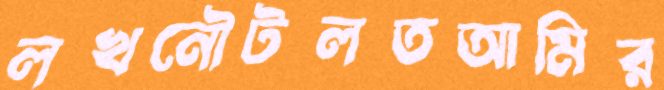
লখনৌটলতআমির